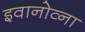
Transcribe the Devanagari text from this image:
इवानोव्ना